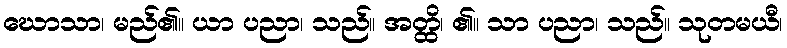
ဃောသာ၊ မည်၏။ ယာ ပညာ၊ သည်။ အတ္ထိ၊ ၏။ သာ ပညာ၊ သည်။ သုတမယီ၊